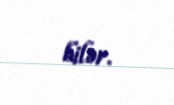
bilər.